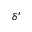
\delta ^ { \prime }